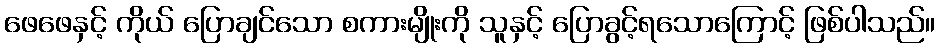
ဖေဖေနှင့် ကိုယ် ပြောချင်သော စကားမျိုးကို သူနှင့် ပြောခွင့်ရသောကြောင့် ဖြစ်ပါသည်။